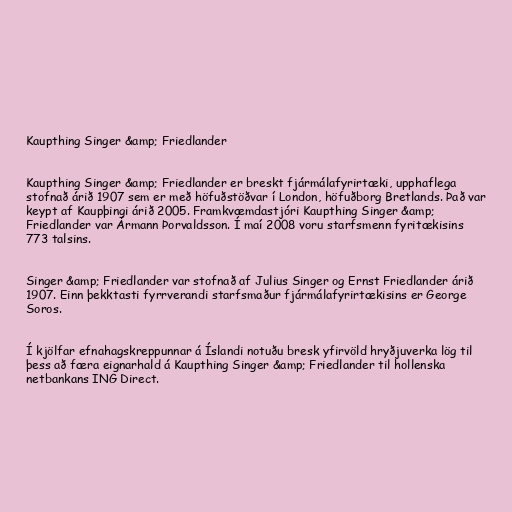
Kaupthing Singer &amp; Friedlander

Kaupthing Singer &amp; Friedlander er breskt fjármálafyrirtæki, upphaflega
stofnað árið 1907 sem er með höfuðstöðvar í London, höfuðborg Bretlands. Það var
keypt af Kaupþingi árið 2005. Framkvæmdastjóri Kaupthing Singer &amp;
Friedlander var Ármann Þorvaldsson. Í maí 2008 voru starfsmenn fyritækisins
773 talsins.

Singer &amp; Friedlander var stofnað af Julius Singer og Ernst Friedlander árið
1907. Einn þekktasti fyrrverandi starfsmaður fjármálafyrirtækisins er George
Soros.

Í kjölfar efnahagskreppunnar á Íslandi notuðu bresk yfirvöld hryðjuverka lög til
þess að færa eignarhald á Kaupthing Singer &amp; Friedlander til hollenska
netbankans ING Direct.